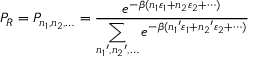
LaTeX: P _ { R } = P _ { n _ { 1 } , n _ { 2 } , \ldots } = { \frac { e ^ { - \beta ( n _ { 1 } \varepsilon _ { 1 } + n _ { 2 } \varepsilon _ { 2 } + \cdots ) } } { \displaystyle \sum _ { { n _ { 1 } } ^ { \prime } , { n _ { 2 } } ^ { \prime } , \ldots } e ^ { - \beta ( { n _ { 1 } } ^ { \prime } \varepsilon _ { 1 } + { n _ { 2 } } ^ { \prime } \varepsilon _ { 2 } + \cdots ) } } }